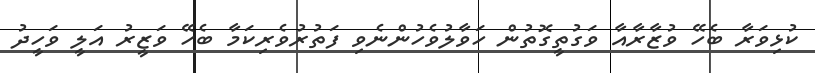
ކުޅިވަރާ ބެހޭ ވުޒާރާއާ ވަގުތީގޮތުން ހަވާލުވެހުންނެވި ފަތުރުވެރިކަމާ ބެހޭ ވަޒީރު އަލީ ވަހީދު